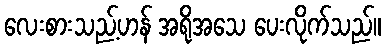
လေးစားသည့်ဟန် အရိုအသေ ပေးလိုက်သည်။